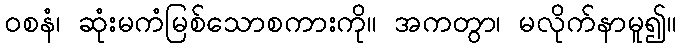
ဝစနံ၊ ဆုံးမကံမြစ်သောစကားကို။ အကတွာ၊ မလိုက်နာမူ၍။